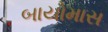
બાયોમાસ